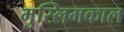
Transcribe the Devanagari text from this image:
मुस्लिमकाल